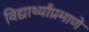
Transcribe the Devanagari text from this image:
विद्यार्थ्यांप्रमाणे